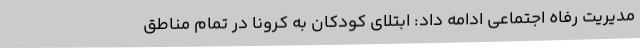
مدیریت رفاه اجتماعی ادامه داد: ابتلای کودکان به کرونا در تمام مناطق